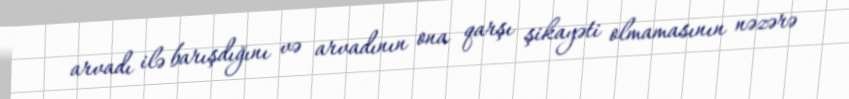
arvadı ilə barışdığını və arvadının ona qarşı şikayəti olmamasının nəzərə